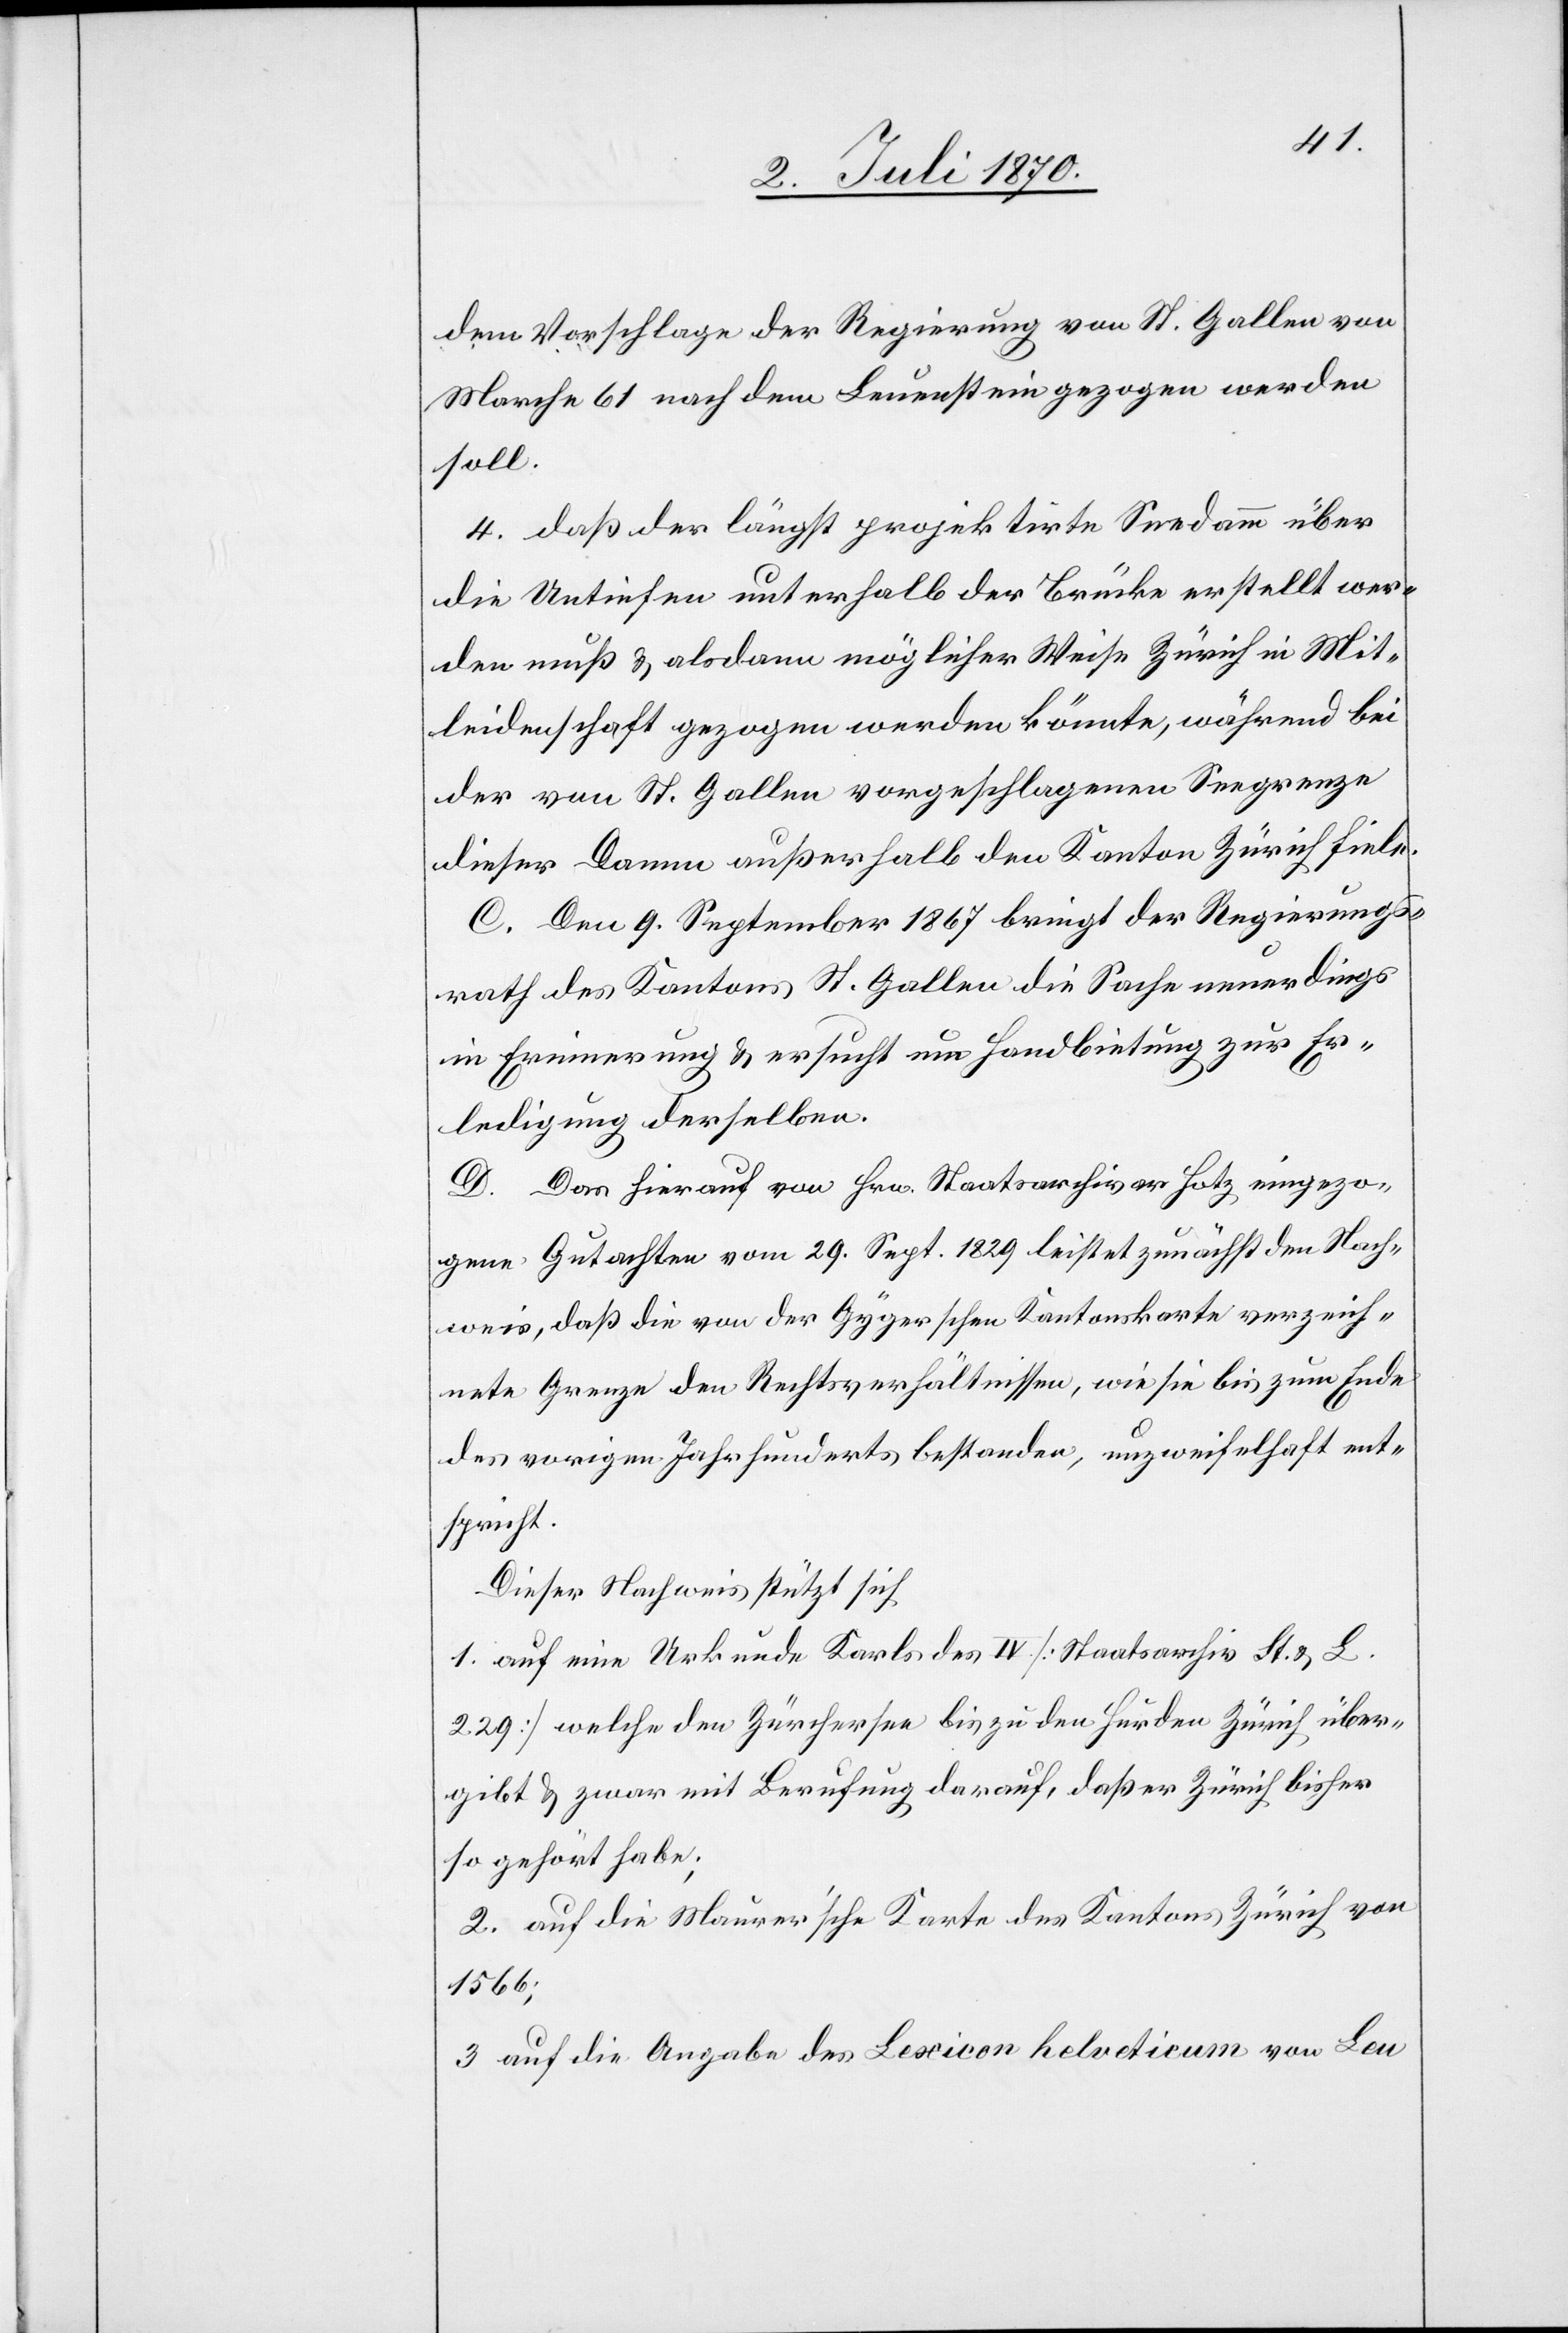
dem Vorschlage der Regierung von St. Gallen von
Marche 61 nach dem Leuenstein gezogen werden
soll.
4. daß der längst projektirte Seedamm über
die Untiefen unterhalb der Brücke erstellt wer¬
den muß & alsdann möglicher Weise Zürich in Mit¬
leidenschaft gezogen werden könnte, während bei
der von St. Gallen vorgeschlagenen Seegrenze
dieser Damm außerhalb den Kanton Zürich fiele.
C. Den 9. September 1867 bringt der Regierungs¬
rath des Kantons St. Gallen die Sache neuerdings
in Erinnerung & ersucht um Handbietung zur Er¬
ledigung derselben.
D. Das hierauf von Hrn. Staatsarchivar Hotz eingezo¬
gene Gutachten vom 29. Sept. 1829 leistet zunächst den Nach¬
weis, daß die von der Gygerschen Kantonskarte verzeich¬
nete Grenze den Rechtsverhältnissen, wie sie bis zum Ende
des vorigen Jahrhunderts bestanden, unzweifelhaft ent¬
spricht.
Dieser Nachweis stützt sich
1. auf eine Urkunde Karls des IV [Staatsarchiv Lt. & L.
229] welche den Zürchersee bis zu den Hurden Zürich über¬
gibt & zwar mit Berufung darauf, daß er Zürich bisher
so gehört habe;
2. auf die Maurer’sche Karte des Kantons Zürich von
1566;
3. auf die Angabe des Lexicon helveticum von Leu